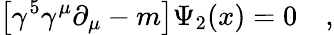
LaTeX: \left[\gamma^{5}\gamma^{\mu}\partial_{\mu}-m\right]\Psi_{2}(x)=0\quad,